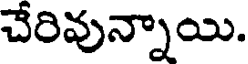
చేరివున్నాయి.